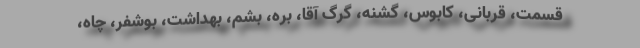
قسمت، قربانی، کابوس، گشنه، گرگ آقا، بره، بشم، بهداشت، بوشفر، چاه،